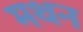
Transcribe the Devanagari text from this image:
मथन